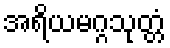
အရိယမဂ္ဂသုတ္တံ